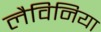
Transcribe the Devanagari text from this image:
लैविनिया